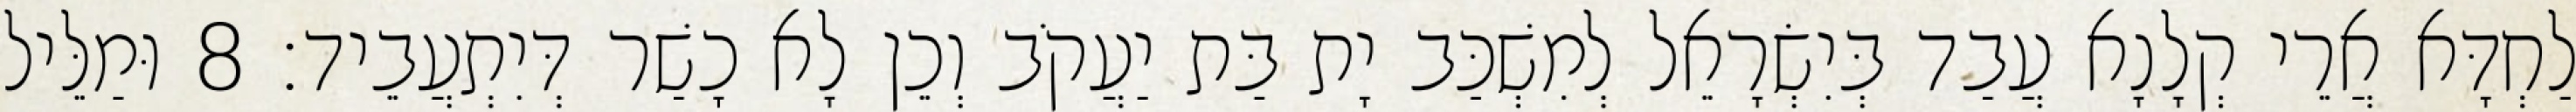
לַחְדָּא אֲרֵי קְלָנָא עֲבַד בְּיִשְׂרָאֵל לְמִשְׁכַּב יָת בַּת יַעֲקֹב וְכֵן לָא כָשַׁר דְּיִתְעֲבֵיד׃ 8 וּמַלֵּיל